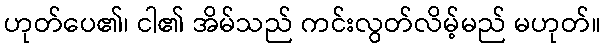
ဟုတ်ပေ၏၊ ငါ၏ အိမ်သည် ကင်းလွတ်လိမ့်မည် မဟုတ်။